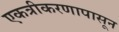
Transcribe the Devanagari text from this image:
एकत्रीकरणापासून